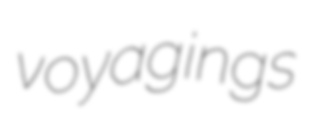
voyagings